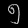
Digit: ၅